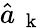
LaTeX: \hat{a}_{\mathrm{~\mathbf~k~}}